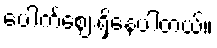
ပေါက်ဈေးရှိနေပါတယ်။